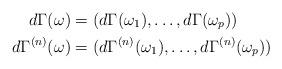
LaTeX: \begin{align*}d\Gamma(\omega)&=(d\Gamma(\omega_1),\dots,d\Gamma(\omega_p))\\d\Gamma^{(n)}(\omega)&=(d\Gamma^{(n)}(\omega_1),\dots,d\Gamma^{(n)}(\omega_p))\end{align*}